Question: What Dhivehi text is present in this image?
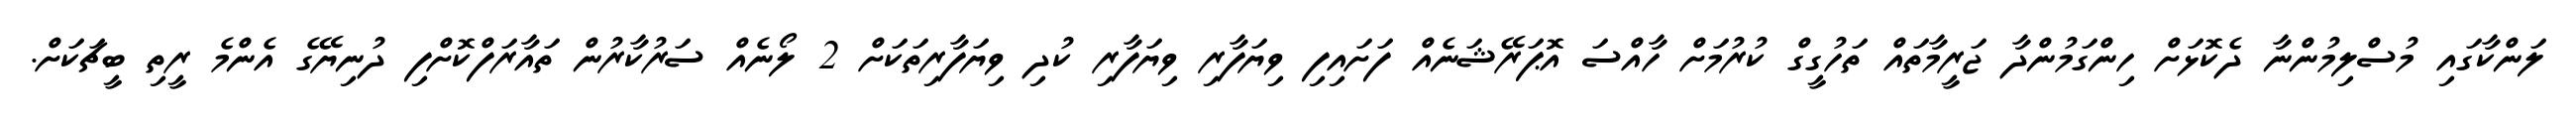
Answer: ލަންކާގައި މުސްލިމުންނާ ދެކޮޅަށް ހިންގަމުންދާ ޖަރީމާތައް ތަހުގީގް ކުރުމަށް ހާއްސަ އޮޕަރޭޝަނެއް ފަށައިފި ވިޔަފާރި ވިޔަފާރި ކުދި ވިޔަފާރިތަކަށް 2 ލޯނެއް ސަރުކާރުން ތައާރަފްކޮށްފި ދުނިޔޭގެ އެންމެ ރީތި ބީޗަކަށް.